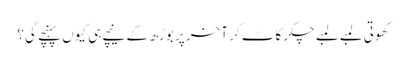
کھوتی لمبے لمبے چکر کاٹ کر آخر پر بوڑھ کے نیچے ہی کیوں پہنچے گی؟